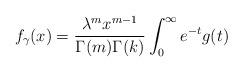
LaTeX: \begin{align*}f_{\gamma}(x) =\frac{\lambda^m x^{m-1}}{ \Gamma(m) \Gamma(k)} \int_0^{\infty} e^{-t} g(t) \end{align*}